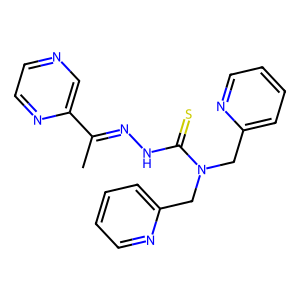
SMILES: CC(=NNC(=S)N(Cc1ccccn1)Cc1ccccn1)c1cnccn1
Inhibits HIV replication: No